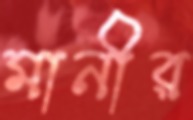
মানীর